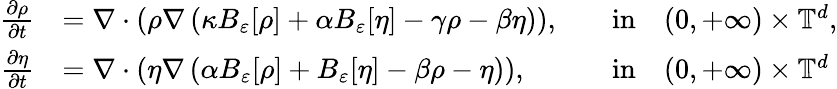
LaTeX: \begin{array}{rlrl}{\frac{\partial\rho}{\partial t}}&{=\nabla\cdot\left(\rho\nabla\left(\kappa B_{\varepsilon}[\rho]+\alpha B_{\varepsilon}[\eta]-\gamma\rho-\beta\eta\right)\right),}&&{\mathrm{in}\quad(0,+\infty)\times\mathbb{T}^{d},}\\ {\frac{\partial\eta}{\partial t}}&{=\nabla\cdot\left(\eta\nabla\left(\alpha B_{\varepsilon}[\rho]+B_{\varepsilon}[\eta]-\beta\rho-\eta\right)\right),}&&{\mathrm{in}\quad(0,+\infty)\times\mathbb{T}^{d}}\end{array}